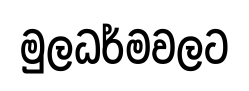
මුලධර්මවලට